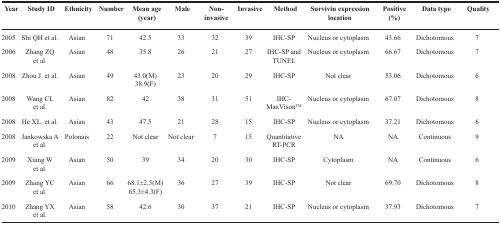
<table><thead><tr><td><b>Year</b></td><td><b>Study ID</b></td><td><b>Ethnicity</b></td><td><b>Number</b></td><td><b>Mean age (year)</b></td><td><b>Male</b></td><td><b>Non-invasive</b></td><td><b>Invasive</b></td><td><b>Method</b></td><td><b>Survivin expression location</b></td><td><b>Positive (%)</b></td><td><b>Data type</b></td><td><b>Quality</b></td></tr></thead><tbody><tr><td>2005</td><td>Shi QH et al.</td><td>Asian</td><td>71</td><td>42.5</td><td>33</td><td>32</td><td>39</td><td>IHC-SP</td><td>Nucleus or cytoplasm</td><td>43.66</td><td>Dichotomous</td><td>7</td></tr><tr><td>2006</td><td>Zhang ZQ et al.</td><td>Asian</td><td>48</td><td>35.8</td><td>26</td><td>21</td><td>27</td><td>IHC-SP and TUNEL</td><td>Nucleus or cytoplasm</td><td>66.67</td><td>Dichotomous</td><td>7</td></tr><tr><td>2008</td><td>Zhou J. et al.</td><td>Asian</td><td>49</td><td>43.0(M) 38.9(F)</td><td>23</td><td>20</td><td>29</td><td>IHC-SP</td><td>Not clear</td><td>53.06</td><td>Dichotomous</td><td>6</td></tr><tr><td>2008</td><td>Wang CL et al.</td><td>Asian</td><td>82</td><td>42</td><td>38</td><td>31</td><td>51</td><td>IHC-MaxVison<sup>TM</sup></td><td>Nucleus or cytoplasm</td><td>67.07</td><td>Dichotomous</td><td>8</td></tr><tr><td>2008</td><td>He XL. et al.</td><td>Asian</td><td>43</td><td>47.5</td><td>21</td><td>28</td><td>15</td><td>IHC-SP</td><td>Nucleus or cytoplasm</td><td>37.21</td><td>Dichotomous</td><td>6</td></tr><tr><td>2008</td><td>Jankowska A et al.</td><td>Polonais</td><td>22</td><td>Not clear</td><td>Not clear</td><td>7</td><td>15</td><td>Quantitative RT-PCR</td><td>NA</td><td>NA</td><td>Continuous</td><td>9</td></tr><tr><td>2009</td><td>Xiang W et al.</td><td>Asian</td><td>50</td><td>39</td><td>34</td><td>20</td><td>30</td><td>IHC-SP</td><td>Cytoplasm</td><td>NA</td><td>Continuous</td><td>6</td></tr><tr><td>2009</td><td>Zhang YC et al.</td><td>Asian</td><td>66</td><td>68.1±2.5(M) 65.3±4.3(F)</td><td>36</td><td>27</td><td>39</td><td>IHC-SP</td><td>Not clear</td><td>69.70</td><td>Dichotomous</td><td>8</td></tr><tr><td>2010</td><td>Zhang YX et al.</td><td>Asian</td><td>58</td><td>42.6</td><td>30</td><td>37</td><td>21</td><td>IHC-SP</td><td>Nucleus or cytoplasm</td><td>37.93</td><td>Dichotomous</td><td>7</td></tr></tbody></table>